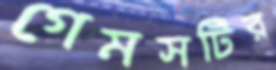
গেমসটির